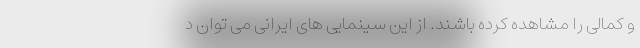
و کمالی را مشاهده کرده باشند. از این سینمایی های ایرانی می توان د